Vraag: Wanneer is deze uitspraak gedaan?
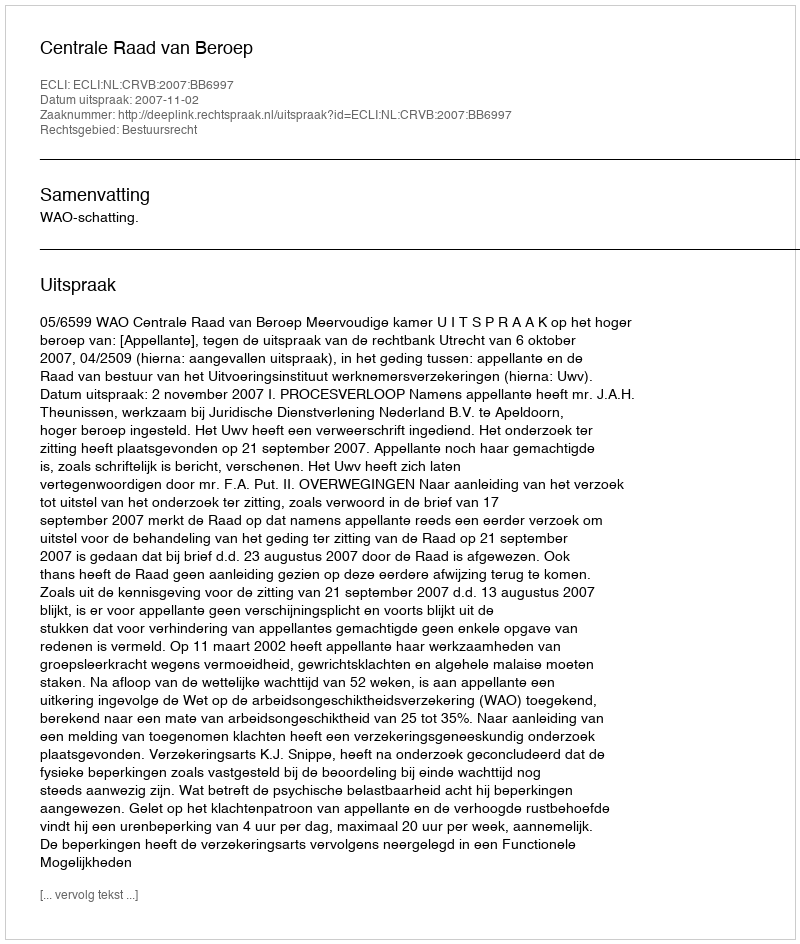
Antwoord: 2007-11-02